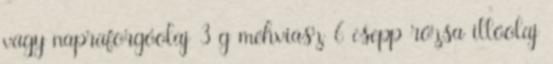
vagy napraforgóolaj 3 g méhviasz 6 csepp rózsa illóolaj